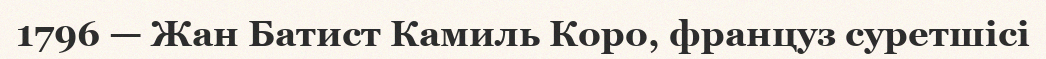
1796 — Жан Батист Камиль Коро, француз суретшісі